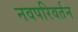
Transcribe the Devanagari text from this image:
नवपरिवर्तन